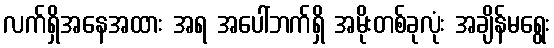
လက်ရှိအနေအထား အရ အပေါ်ဘက်ရှိ အမိုးတစ်ခုလုံး အချိန်မရွေး